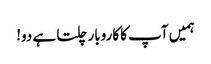
ہمیں آپ کا کاروبار چلتا ہے دو!